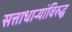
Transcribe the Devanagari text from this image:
सत्ताधाऱ्यांविरुद्ध